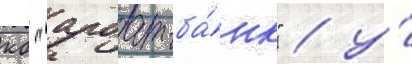
кб "арбат-ба́нк" / у́